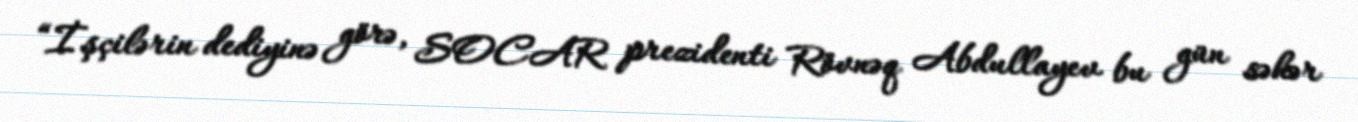
“İşçilərin dediyinə görə, SOCAR prezidenti Rövnəq Abdullayev bu gün səhər